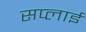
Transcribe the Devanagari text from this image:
सप्‍लाई